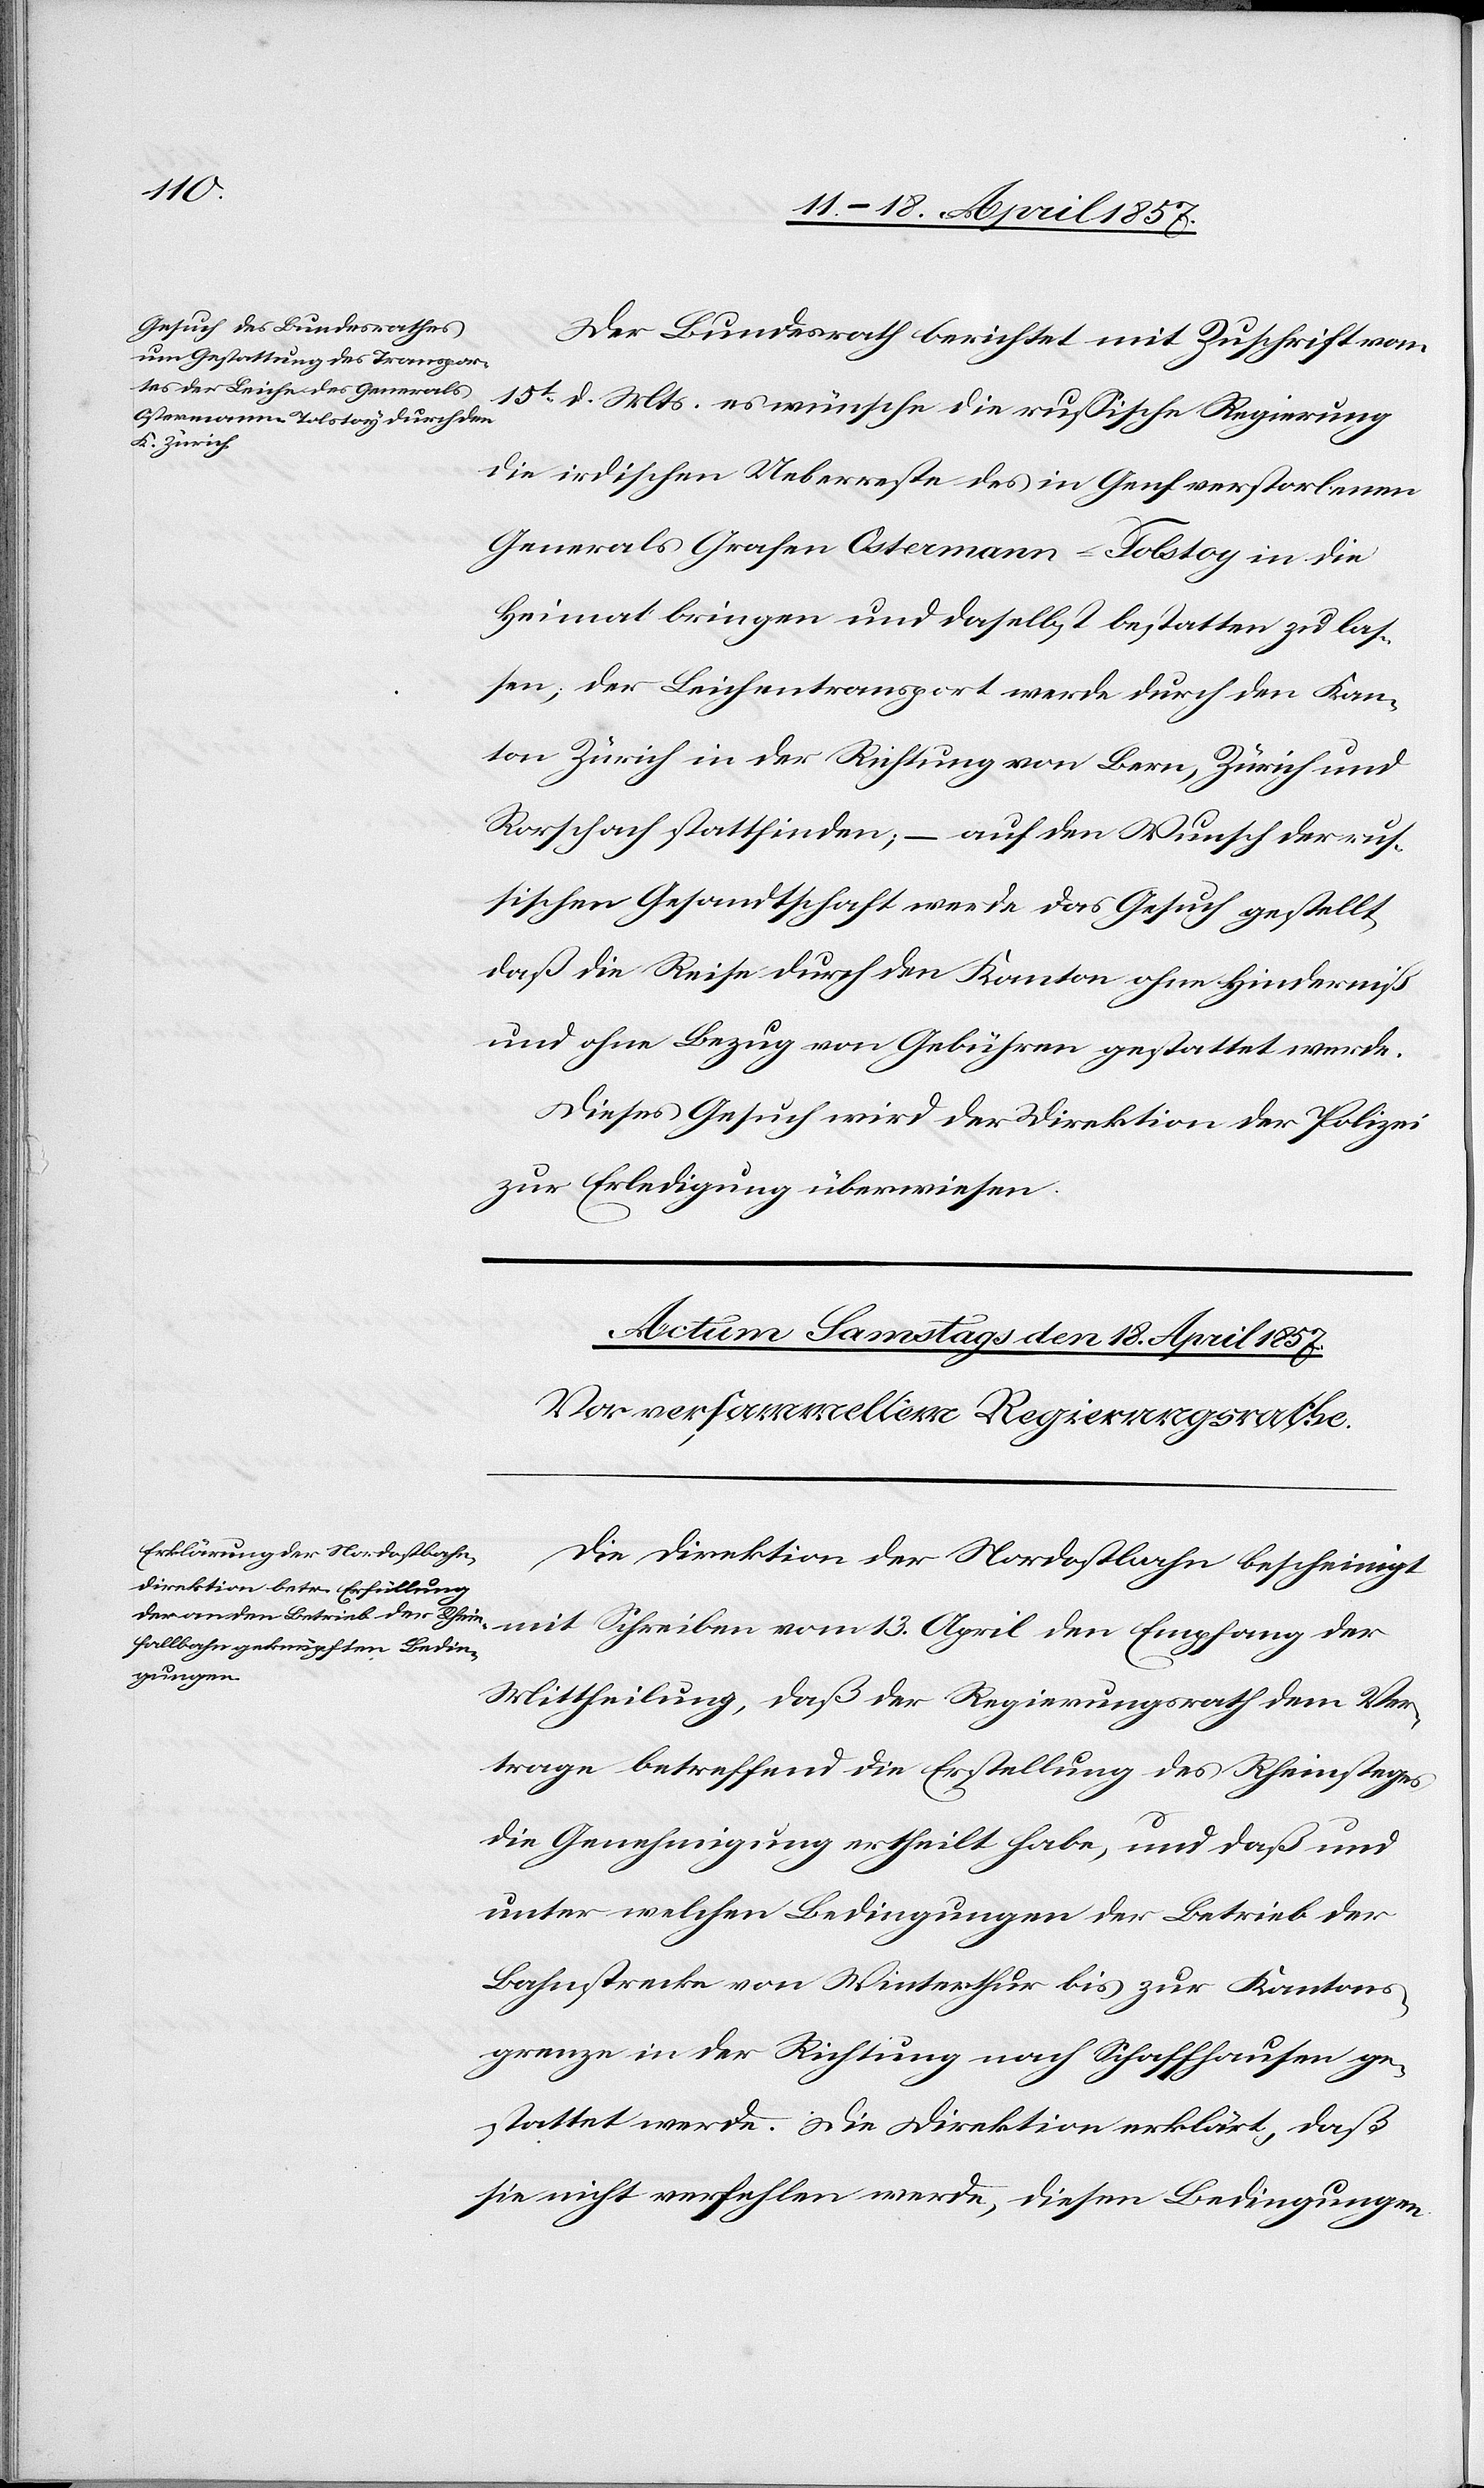
13.
den 16. April 1857.]
Der Bundesrath berichtet mit Zuschrift vom
15t d. Mts. es wünsche die russische Regierung
die irdischen Ueberreste des in Genf verstorbenen
Generals Grafen Ostermann-Tolstoy in die
Heimat bringen und daselbst bestatten zu las¬
sen; der Leichentransport werde durch den Kan¬
ton Zürich in der Richtung von Bern, Zürich und
Rorschach stattfinden; – auf den Wunsch der rus¬
sischen Gesandtschaft werde das Gesuch gestellt,
daß die Reise durch den Kanton ohne Hinderniß
und ohne Bezug von Gebühren gestattet werde.
Dieses Gesuch wird der Direktion der Polizei
zur Erledigung überwiesen.
Die Direktion der Nordostbahn bescheinigt
Mittheilung, daß der Regierungsrath dem Ver¬
trage betreffend die Erstellung des Rheinsteges
die Genehmigung ertheilt habe, und daß und
unter welchen Bedingungen der Betrieb der
Bahnstrecke von Winterthur bis zur Kantons¬
grenze in der Richtung nach Schaffhausen ge¬
stattet werde. Die Direktion erklärt, daß
sie nicht verfehlen werde, diesen Bedingungen